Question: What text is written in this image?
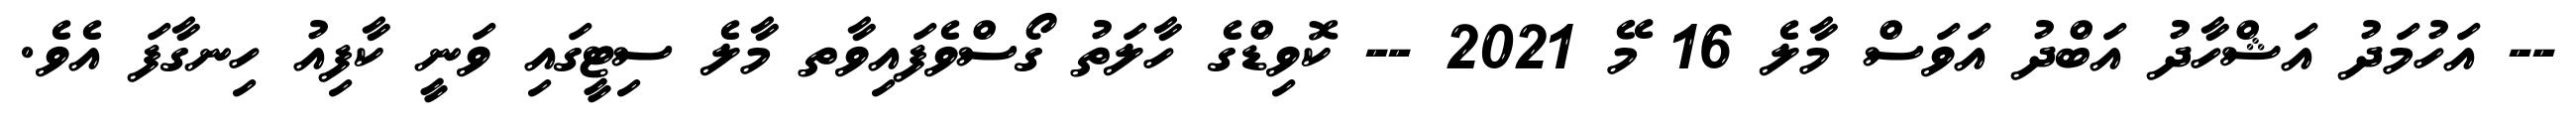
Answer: -- އަހުމަދު އަޝްހާދު އަބްދު އަވަސް މާލެ 16 މޭ 2021 -- ކޮވިޑްގެ ހާލަތު ގޯސްވެފައިވާތ މާލެ ސިޓީގައި ވަނީ ކާފިއު ހިނގާފަ އެވެ.